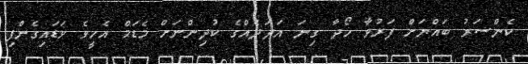
ކެންސަރު ބައްޔަށް ފަރުވާ ހޯދާ ގިނަ އަދަދެއްގެ ކުދިންނަށް މެޑަމް އެހީވެ ވަޑައިގެންފި